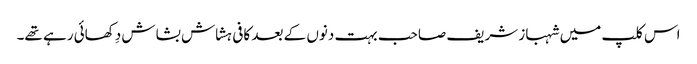
اس کلپ میں شہباز شریف صاحب بہت دنوں کے بعد کافی ہشاش بشاش دِکھائی رہے تھے۔